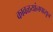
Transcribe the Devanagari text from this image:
कावळयांनपासून